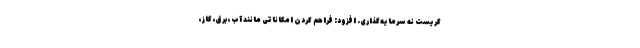
گریست نه سرمایه‌گذاری. افزود: فراهم کردن امکاناتی مانند آب، برق، گاز،